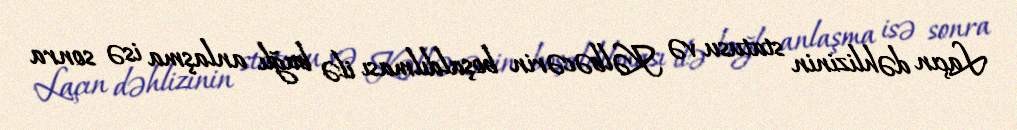
Laçın dəhlizinin statusu və Kəlbəcərin boşaldılması ilə bağlı anlaşma isə sonra